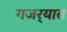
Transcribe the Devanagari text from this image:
गजर्‍यात